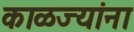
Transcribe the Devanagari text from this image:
काळज्यांना